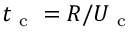
t _ { \mathrm { ~ c ~ } } = R / U _ { \mathrm { ~ c ~ } }